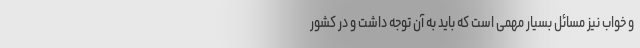
و خواب نیز مسائل بسیار مهمی است که باید به آن توجه داشت و در کشور